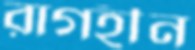
রাগহীন